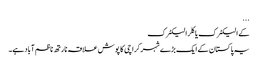
...
کے الیکٹرک یا کِلر الیکٹرک
یہ پاکستان کے ایک بڑے شہر کراچی کا پوش علاقہ نارتھ ناظم آباد ہے۔